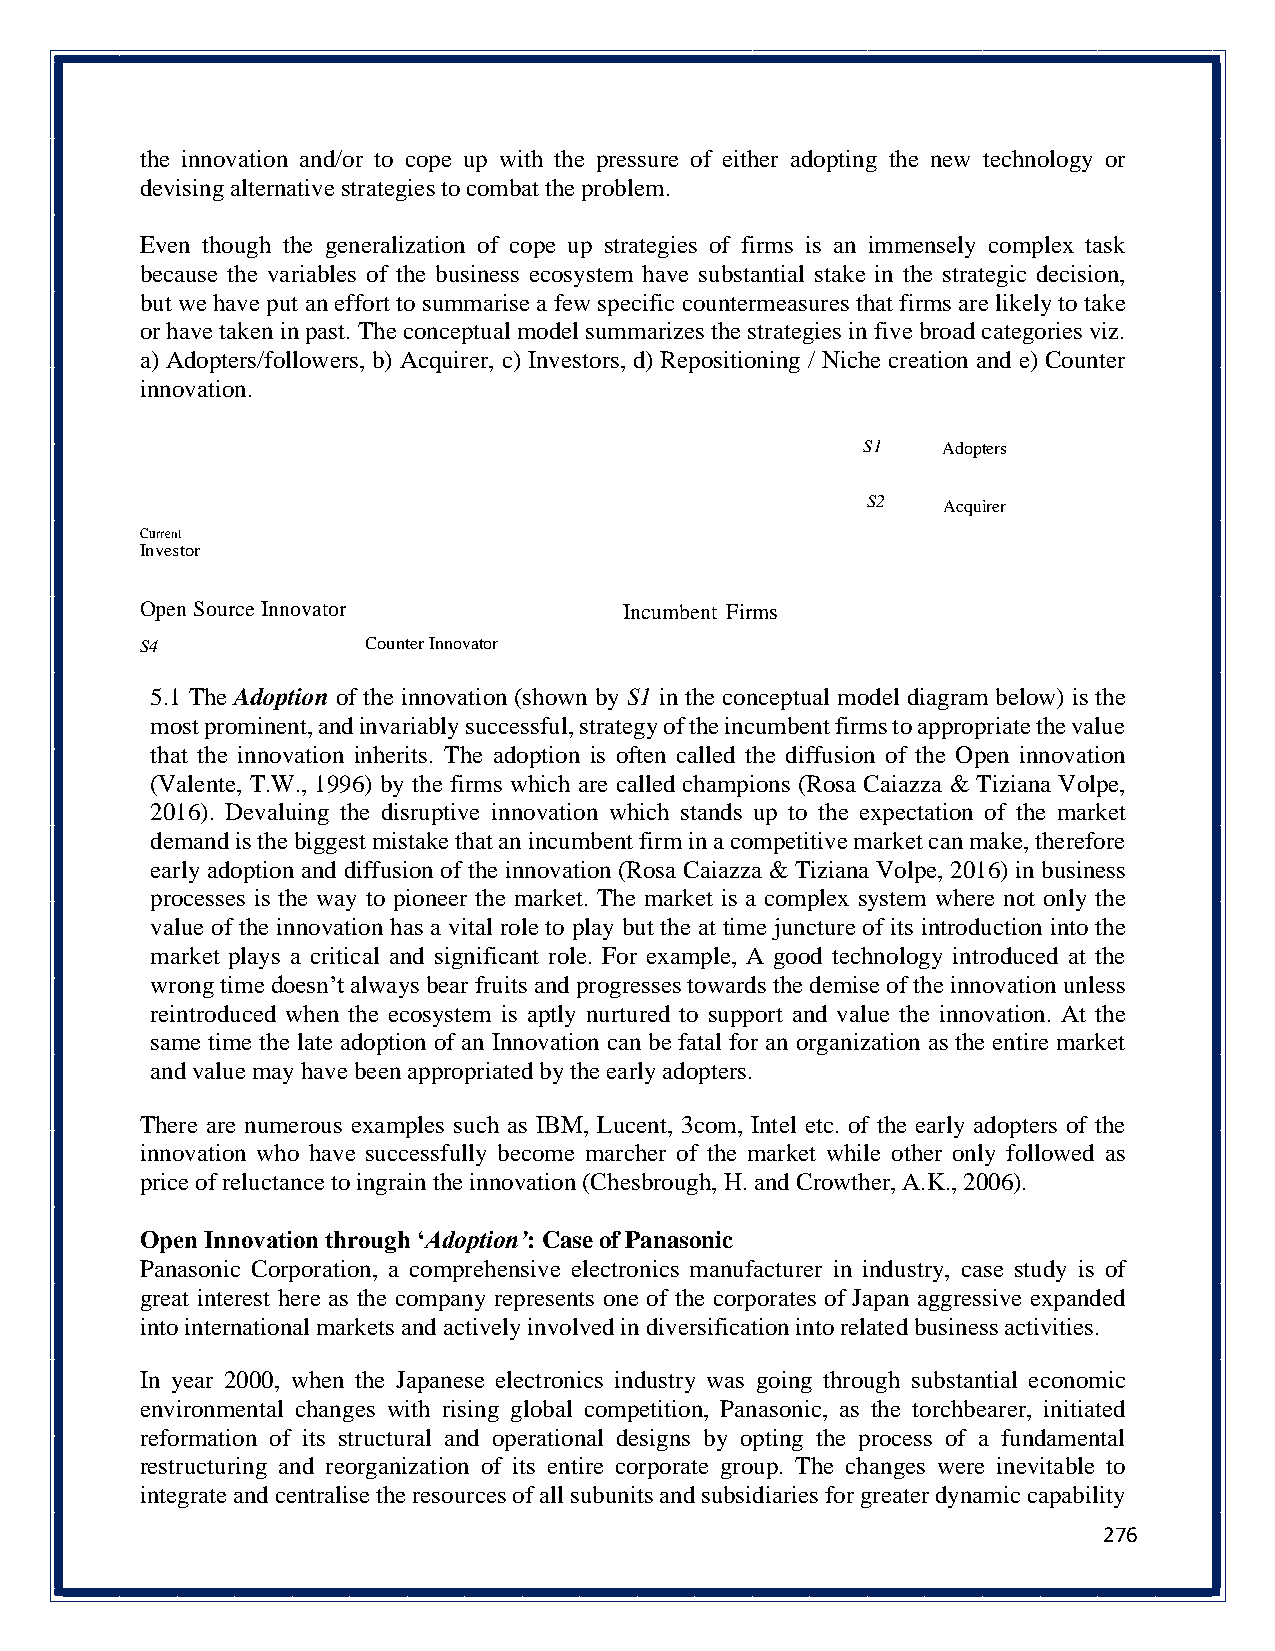
the innovation and/or to cope up with the pressure of either adopting the new technology or
 devising alternative strategies to combat the problem.
 Even though the generalization of cope up strategies of firms is an immensely complex task
 because the variables of the business ecosystem have substantial stake in the strategic decision,
 but we have put an effort to summarise a few specific countermeasures that firms are likely to take
 or have taken in past. The conceptual model summarizes the strategies in five broad categories viz.
 a) Adopters/followers, b) Acquirer, c) Investors, d) Repositioning / Niche creation and e) Counter
 innovation.
 S1   Adopters
 S2   Acquirer
 Current
 Investor
 Open Source Innovator           Incumbent Firms
 S4             Counter Innovator
 5.1 The Adoption of the innovation (shown by S1 in the conceptual model diagram below) is the
 most prominent, and invariably successful, strategy of the incumbent firms to appropriate the value
 that the innovation inherits. The adoption is often called the diffusion of the Open innovation
 (Valente, T.W., 1996) by the firms which are called champions (Rosa Caiazza & Tiziana Volpe,
 2016). Devaluing the disruptive innovation which stands up to the expectation of the market
 demand is the biggest mistake that an incumbent firm in a competitive market can make, therefore
 early adoption and diffusion of the innovation (Rosa Caiazza & Tiziana Volpe, 2016) in business
 processes is the way to pioneer the market. The market is a complex system where not only the
 value of the innovation has a vital role to play but the at time juncture of its introduction into the
 market plays a critical and significant role. For example, A good technology introduced at the
 wrong time doesn’t always bear fruits and progresses towards the demise of the innovation unless
 reintroduced when the ecosystem is aptly nurtured to support and value the innovation. At the
 same time the late adoption of an Innovation can be fatal for an organization as the entire market
 and value may have been appropriated by the early adopters.
 There are numerous examples such as IBM, Lucent, 3com, Intel etc. of the early adopters of the
 innovation who have successfully become marcher of the market while other only followed as
 price of reluctance to ingrain the innovation (Chesbrough, H. and Crowther, A.K., 2006).
 Open Innovation through ‘Adoption’: Case of Panasonic
 Panasonic Corporation, a comprehensive electronics manufacturer in industry, case study is of
 great interest here as the company represents one of the corporates of Japan aggressive expanded
 into international markets and actively involved in diversification into related business activities.
 In year 2000, when the Japanese electronics industry was going through substantial economic
 environmental changes with rising global competition, Panasonic, as the torchbearer, initiated
 reformation of its structural and operational designs by opting the process of a fundamental
 restructuring and reorganization of its entire corporate group. The changes were inevitable to
 integrate and centralise the resources of all subunits and subsidiaries for greater dynamic capability
 276